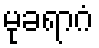
မုခရာဂံ